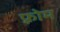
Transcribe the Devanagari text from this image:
फ़्रोम